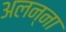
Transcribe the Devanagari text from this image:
अलन्ना